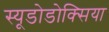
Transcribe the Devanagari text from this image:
स्यूडोडोक्सिया